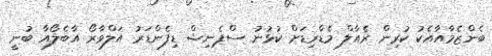
ބެންޒެމާއާއެކު ކުރިން ރެއާލް މެޑްރިޑަށް ކުޅުނު ސްޕެނިޝް ޑިފެންޑަރު އަލްވާރޯ އާބެލޯއާ ބުނީ